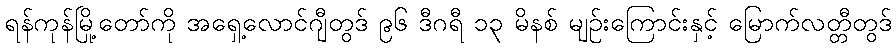
ရန်ကုန်မြို့တော်ကို အရှေ့လောင်ဂျီတွဒ် ၉၆ ဒီဂရီ ၁၃ မိနစ် မျဉ်းကြောင်းနှင့် မြောက်လတ္တီတွဒ်